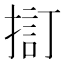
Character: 𢱏